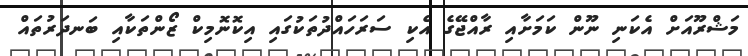
މަޝްރޫއަށް އެކަނި ނޫން ކަމަށާއި ރާއްޖޭގެ އެކި ސަރަހައްދުތަކުގައި އިކޮނޮމިކް ޒޯންތަކާއި ބަނދަރުތައް